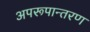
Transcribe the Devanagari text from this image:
अपरूपान्तरण